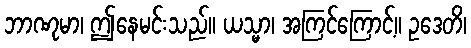
ဘာဏုမာ၊ ဤနေမင်းသည်။ ယသ္မာ၊ အကြင်ကြောင့်။ ဥဒေတိ၊